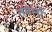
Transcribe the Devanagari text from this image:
तमेर्लो